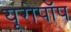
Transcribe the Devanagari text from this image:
यूरोपॉप